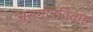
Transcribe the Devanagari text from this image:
असगोत्रविवाह